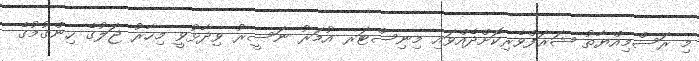
މި ރަސްމިއްޔާތު ޝަރަފްވެރިކޮށްދެއްވައި މިނިސްޓަރ އުމަރު ނަސީރު ވިދާޅުވީ މިހާރު ޖަލުގެ ހިންގުމުގެ